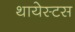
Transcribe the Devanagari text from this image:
थायेस्टस